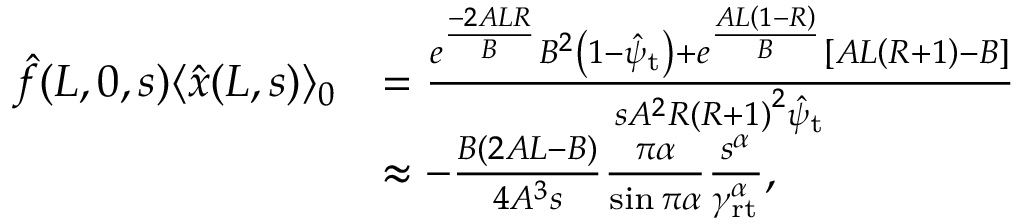
\begin{array} { r l } { \hat { f } ( L , 0 , s ) \langle \hat { x } ( L , s ) \rangle _ { 0 } } & { = \frac { e ^ { \frac { - 2 A L R } { B } } B ^ { 2 } \left( 1 - \hat { \psi } _ { \mathrm { t } } \right) + e ^ { \frac { A L \left( 1 - R \right) } { B } } \left[ A L \left( R + 1 \right) - B \right] } { s A ^ { 2 } R \left( R + 1 \right) ^ { 2 } \hat { \psi } _ { \mathrm { t } } } } \\ & { \approx - \frac { B ( 2 A L - B ) } { 4 A ^ { 3 } s } \frac { \pi \alpha } { \sin \pi \alpha } \frac { s ^ { \alpha } } { \gamma _ { \mathrm { r t } } ^ { \alpha } } , } \end{array}